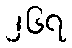
၂၆၇